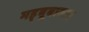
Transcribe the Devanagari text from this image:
मह्बूबाबाद